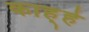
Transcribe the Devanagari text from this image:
काह्हे